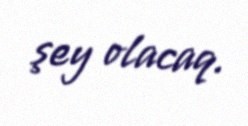
şey olacaq.